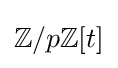
\mathbb {Z} /p\mathbb {Z} [t]